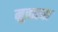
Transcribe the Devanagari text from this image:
मुक्‍तता